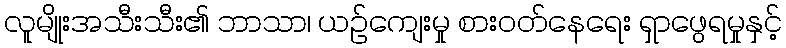
လူမျိုးအသီးသီး၏ ဘာသာ၊ ယဉ်ကျေးမှု စားဝတ်နေရေး ရှာဖွေရမှုနှင့်